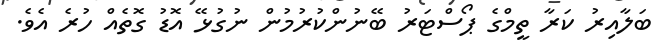
ބަލާއިރު ކަރާ ތީމްގެ ޕޯސްޓަރު ބޭނުންކުރުމުން ނުގުޅޭ އޮޑު ގޮތެއް ހުރެ އެވެ.